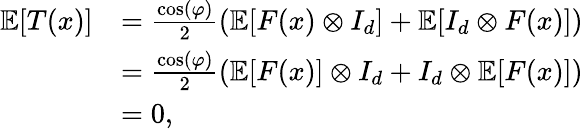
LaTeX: \begin{array}{rl}{\mathbb{E}[T(x)]}&{=\frac{\cos(\varphi)}{2}(\mathbb{E}[F(x)\otimes I_{d}]+\mathbb{E}[I_{d}\otimes F(x)])}\\ &{=\frac{\cos(\varphi)}{2}(\mathbb{E}[F(x)]\otimes I_{d}+I_{d}\otimes\mathbb{E}[F(x)])}\\ &{=0,}\end{array}